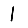
Digit: 1